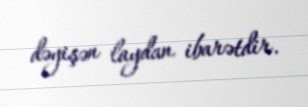
dəyişən laydan ibarətdir.